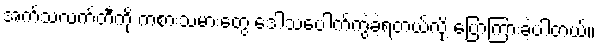
အက်သလက်တီကို ကစားသမားတွေ ဒေါသပေါက်ကွဲခဲ့ရတယ်လို့ ပြောကြားခဲ့ပါတယ်။